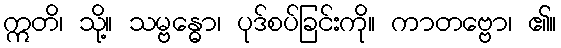
ဣတိ၊ သို့။ သမ္ဗန္ဓော၊ ပုဒ်စပ်ခြင်းကို။ ကာတဗ္ဗော၊ ၏။